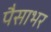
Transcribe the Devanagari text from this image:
पैसाभर